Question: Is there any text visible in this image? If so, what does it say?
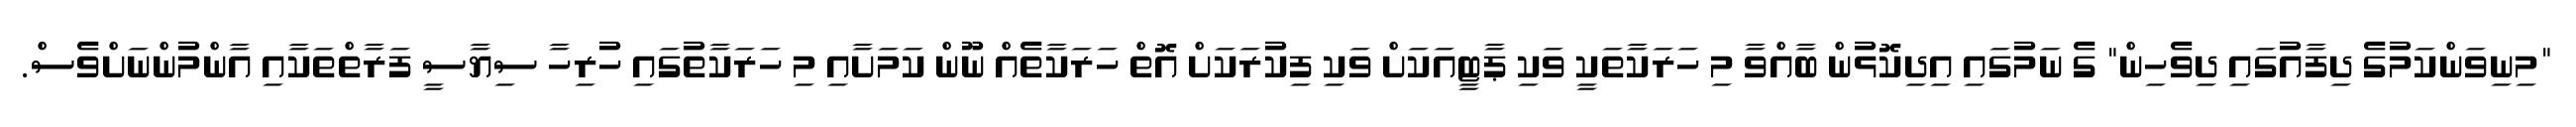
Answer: "މިނިވަންކަމުގެ ދިފާއުގައި ދިވެހިން" ގެ ނަމުގައި އިދިކޮޅުން ބާއްވާ މި ހަރަކާތަކީ ވަކި ޕާޓީއަކަށް ވަކި ފިކުރަކަށް އޮތް ހަރަކާތެއް ނޫން ކަމަށާއި މި ހަރަކާތުގައި ހުރިހާ ސިޔާސީ ފަރާތްތަކާއި އާންމުންނަށްވެސް.